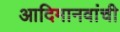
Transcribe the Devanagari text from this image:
आदिमानवांची